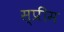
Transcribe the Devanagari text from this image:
स्प्रीम